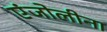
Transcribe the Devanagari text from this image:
एंजोलीना